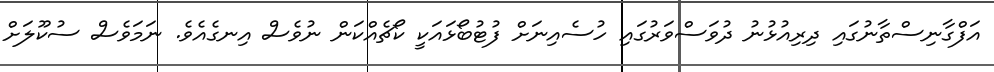
އަފްގާނިސްތާނުގައި ދިރިއުޅުނު ދުވަސްވަރުގައި ހުސެއިނަށް ފުޓުބޯޅައަކީ ކޯޗެއްކަން ނުވެސް އިނގެއެވެ. ނަމަވެސް ސުކޫލަށް